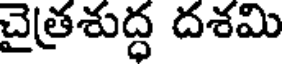
చైత్రశుద్ధ దశమి